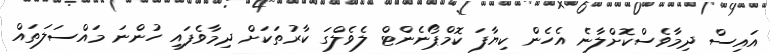
އައިސް ދިމާވެސްކޮށްލާނެ އެހެން ކިޔާފަ ކޮމްޕޯނެންޓް ލެވެލްގަ ކާރުތަކަށް ދިމާވެފައި ހުންނަ މައްސަލަތައް